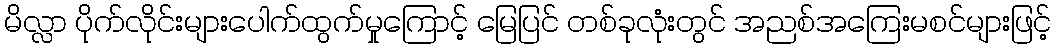
မိလ္လာ ပိုက်လိုင်းများပေါက်ထွက်မှုကြောင့် မြေပြင် တစ်ခုလုံးတွင် အညစ်အကြေးမစင်များဖြင့်